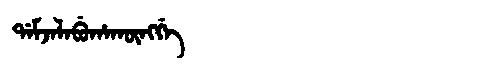
Manchu: ᡩᠠᠮᠵᠠᠯᠠᠪᡠᡥᠠᡴᡡᠩᡤᡝ
Romanization: DAMJALABUHAKŪNGGE